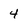
Character: 4